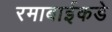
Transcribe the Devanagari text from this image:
रमाबाईकडे